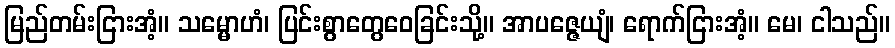
မြည်တမ်းငြားအံ့။ သမ္မောဟံ၊ ပြင်းစွာတွေဝေခြင်းသို့။ အာပဇ္ဇေယျံ၊ ရောက်ငြားအံ့။ မေ၊ ငါသည်။